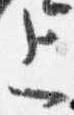
上